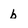
Character: b